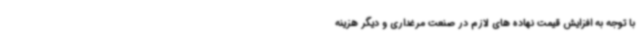
با توجه به افزایش قیمت نهاده های لازم در صنعت مرغداری و دیگر هزینه